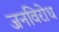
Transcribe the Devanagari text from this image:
जनविरोध